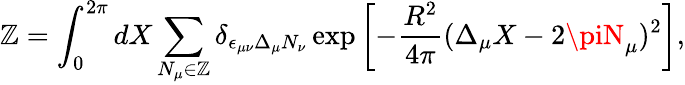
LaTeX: \mathbb{Z}=\int_{0}^{2\pi}dX\sum_{N_{\mu}\in\mathbb{Z}}\delta_{\epsilon_{\mu\nu}\Delta_{\mu}N_{\nu}}\exp\left[-\frac{{R^{2}}}{{4\pi}}(\Delta_{\mu}X-2\piN_{\mu})^{2}\right],